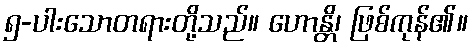
၅-ပါးသောတရားတို့သည်။ ဟောန္တိ၊ ဖြစ်ကုန်၏။